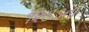
૧૨૩૩ના